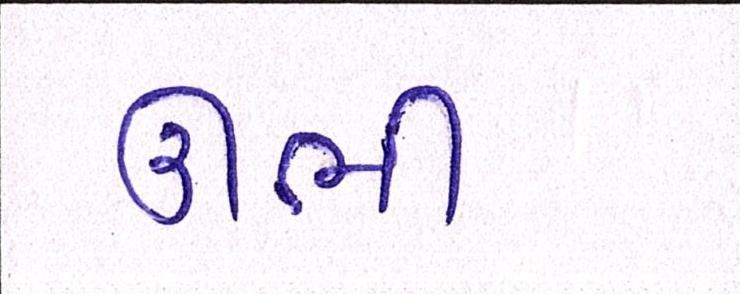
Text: ઊભી